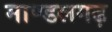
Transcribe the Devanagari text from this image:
माण्डलगढ़